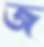
জ